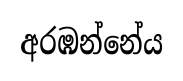
අරඹන්නේය